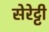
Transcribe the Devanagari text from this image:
सेरेट्टी